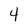
Character: 4